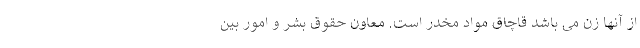
از آنها زن می باشد قاچاق مواد مخدر است. معاون حقوق بشر و امور بین